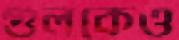
গুলকেও